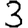
Digit: 3